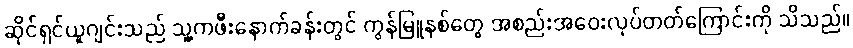
ဆိုင်ရှင်ယူဂျင်းသည် သူ့ကဖီးနောက်ခန်းတွင် ကွန်မြူနစ်တွေ အစည်းအဝေးလုပ်တတ်ကြောင်းကို သိသည်။